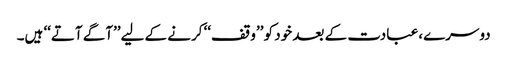
دوسرے، عبادت کے بعد خود کو ’’وقف‘‘ کرنے کے لیے’’آگے آتے‘‘ ہیں۔